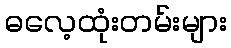
ဓလေ့ထုံးတမ်းများ